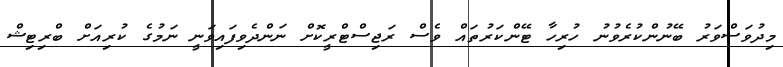
މިދުވަސްވަރު ބޭނުންކުރެވުނު ހުރިހާ ޓޭންކަރުތައް ވެސް ރަޖިސްޓްރީކޮށް ނަންދެވިފައިވަނީ ނަމުގެ ކުރިއަށް ބްރިޓިޝް